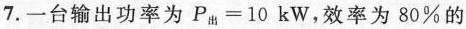
7. 一台输出功率为 $$P _ { 出 } = 1 0 k W$$，效率为 80% 的